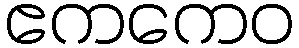
ဧကကေဝ